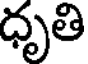
ధృతి